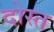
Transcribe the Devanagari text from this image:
दोस्त